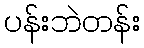
ပန်းဘဲတန်း